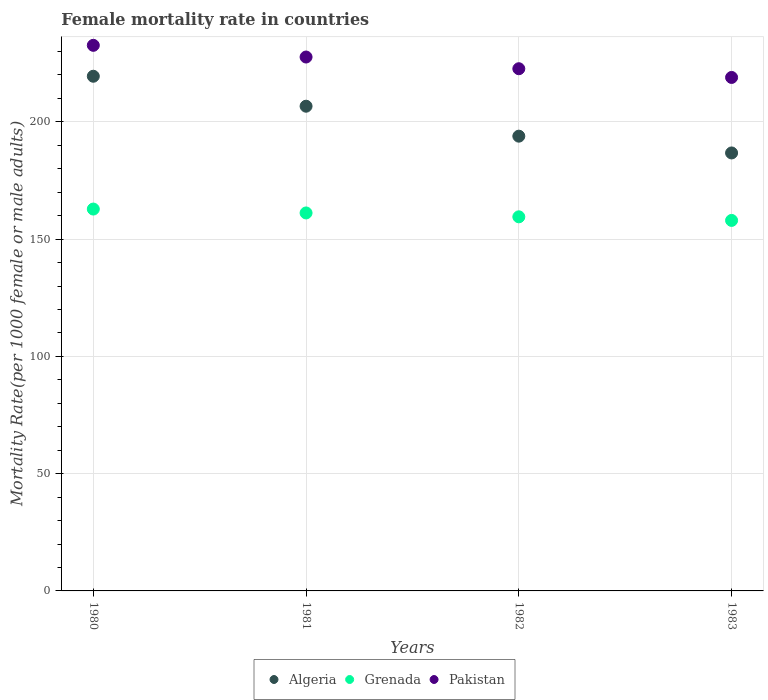
| Years | Algeria | Grenada | Pakistan |
 | --- | --- | --- | --- |
 | 1980 | 219 | 163 | 233 |
 | 1981 | 207 | 161 | 228 |
 | 1982 | 194 | 160 | 223 |
 | 1983 | 187 | 158 | 219 |